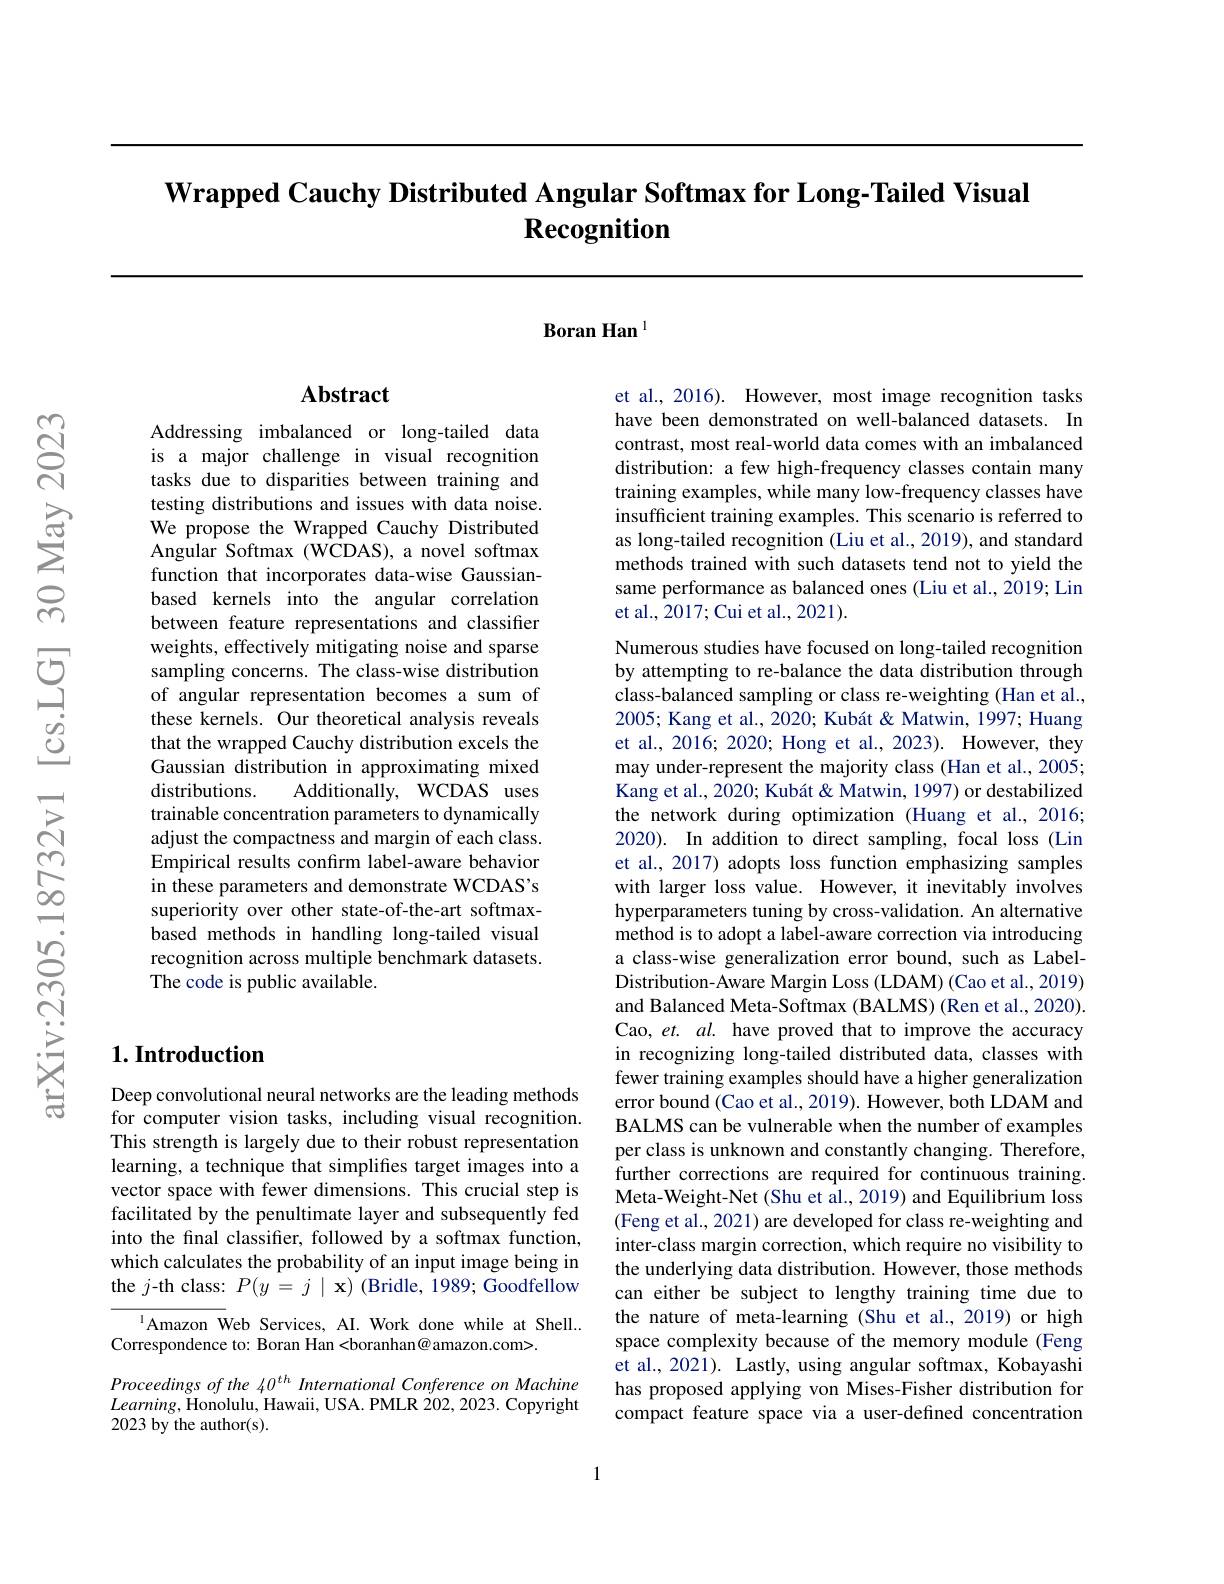
# $\textbf{Wrapped Cauchy Distributed Angular Softmax for Long- Tailed Visual}$ Recognition

Boran Han l

## Abstract

Addressing imbalanced or long-tailed data is a major challenge in visual recognition tasks due to disparities between training and testing distributions and issues with data noise. We propose the Wrapped Cauchy Distributed Angular Softmax (WCDAS), a novel softmax function that incorporates data-wise Gaussianbased kernels into the angular correlation between feature representations and classifier weights, effectively mitigating noise and sparse sampling concerns. The class-wise distribution of angular representation becomes a sum of these kernels. Our theoretical analysis reveals that the wrapped Cauchy distribution excels the Gaussian distribution in approximating mixed distributions.
Additionally, WCDAS uses
trainable concentration parameters to dynamically adjust the compactness and margin of each class. Empirical results confirm label-aware behavior in these parameters and demonstrate WCDAS's superiority over other state-of-the-art softmaxbased methods in handling long-tailed visual recognition across multiple benchmark datasets. The code is public available.

## $1. \textbf{Introduction}$

Deep convolutional neural networks are the leading methods for computer vision tasks, including visual recognition. This strength is largely due to their robust representation learning, a technique that simplifies target images into a vector space with fewer dimensions. This crucial step is facilitated by the penultimate layer and subsequently fed into the final classifier, followed by a softmax function, which calculates the probability of an input image being in the $j$-th class: $P(y=j\mid\mathbf{x})$ (Bridle, 1989; Goodfellow

$^{1}$Amazon Web Services, AI. Work done while at Shell...
Correspondence to: Boran Han <boranhan@ amazon.com>.

Proceedings of the 40$^{th}$ International Conference on Machine $Learning$,Honolulu, Hawaii, USA. PMLR 202,2023. Copyright 2023 by the author(s).

et al., 2016). However, most image recognition tasks have been demonstrated on well-balanced datasets. In contrast, most real-world data comes with an imbalanced distribution: a few high-frequency classes contain many training examples, while many low-frequency classes have insufficient training examples. This scenario is referred to as long-tailed recognition (Liu et al., 2019), and standard methods trained with such datasets tend not to yield the same performance as balanced ones (Liu et al., 2019; Lin et al., 2017; Cui et al., 2021).

Numerous studies have focused on long-tailed recognition by attempting to re-balance the data distribution through class-balanced sampling or class re-weighting (Han et al., 2005; Kang et al., 2020; Kubát & Matwin, 1997; Huang et al., 2016; 2020; Hong et al., 2023). However, they may under-represent the majority class (Han et al., 2005; Kang et al., 2020; Kubát & Matwin, 1997) or destabilized the network during optimization (Huang et al.,2016; 2020). In addition to direct sampling, focal loss (Lin et al., 2017) adopts loss function emphasizing samples with larger loss value. However, it inevitably involves hyperparameters tuning by cross-validation. An alternative method is to adopt a label-aware correction via introducing a class-wise generalization error bound, such as LabelDistribution- Aware Margin Loss (LDAM) (Cao et al., 2019) and Balanced Meta-Softmax (BALMS) (Ren et al., 2020). Cao, et. al. have proved that to improve the accuracy in recognizing long-tailed distributed data, classes with fewer training examples should have a higher generalization error bound (Cao et al., 2019). However, both LDAM and BALMS can be vulnerable when the number of examples per class is unknown and constantly changing. Therefore, further corrections are required for continuous training. Meta-Weight-Net(Shu et al., 2019) and Equilibrium loss (Feng et al., 2021) are developed for class re-weighting and inter-class margin correction, which require no visibility to the underlying data distribution. However, those methods can either be subject to lengthy training time due to the nature of meta-learning (Shu et al., 2019) or high space complexity because of the memory module (Feng $\hat{\text{et al., 2021). Lastly, using angular softmax, Kobayashi}}$ has proposed applying von Mises-Fisher distribution for compact feature space via a user-defined concentration

1